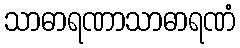
သာဓာရဏာသာဓာရဏံ